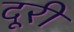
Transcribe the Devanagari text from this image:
दूरी